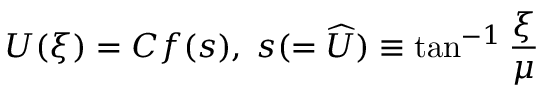
U ( \xi ) = C f ( s ) , \; s ( = \widehat { U } ) \equiv \tan ^ { - 1 } \frac { \xi } { \mu }